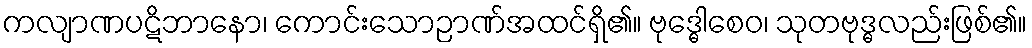
ကလျာဏပဋိဘာနော၊ ကောင်းသောဉာဏ်အထင်ရှိ၏။ ဗုဒ္ဓေါစေဝ၊ သုတဗုဒ္ဓလည်းဖြစ်၏။